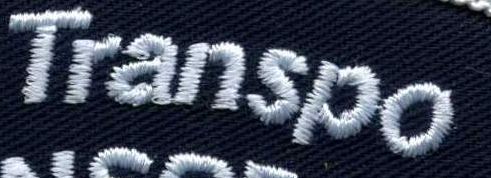
Transpo